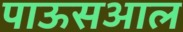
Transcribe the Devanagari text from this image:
पाऊसआल